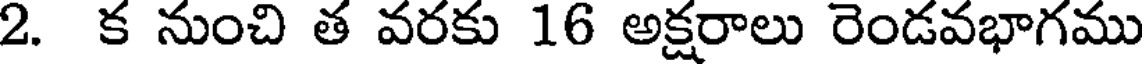
2. క నుంచి త వరకు 16 అక్షరాలు రెండవభాగము